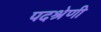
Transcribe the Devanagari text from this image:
पदश्रेणी